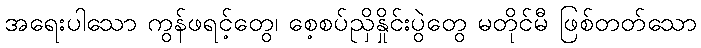
အရေးပါသော ကွန်ဖရင့်တွေ၊ စေ့စပ်ညှိနှိုင်းပွဲတွေ မတိုင်မီ ဖြစ်တတ်သော